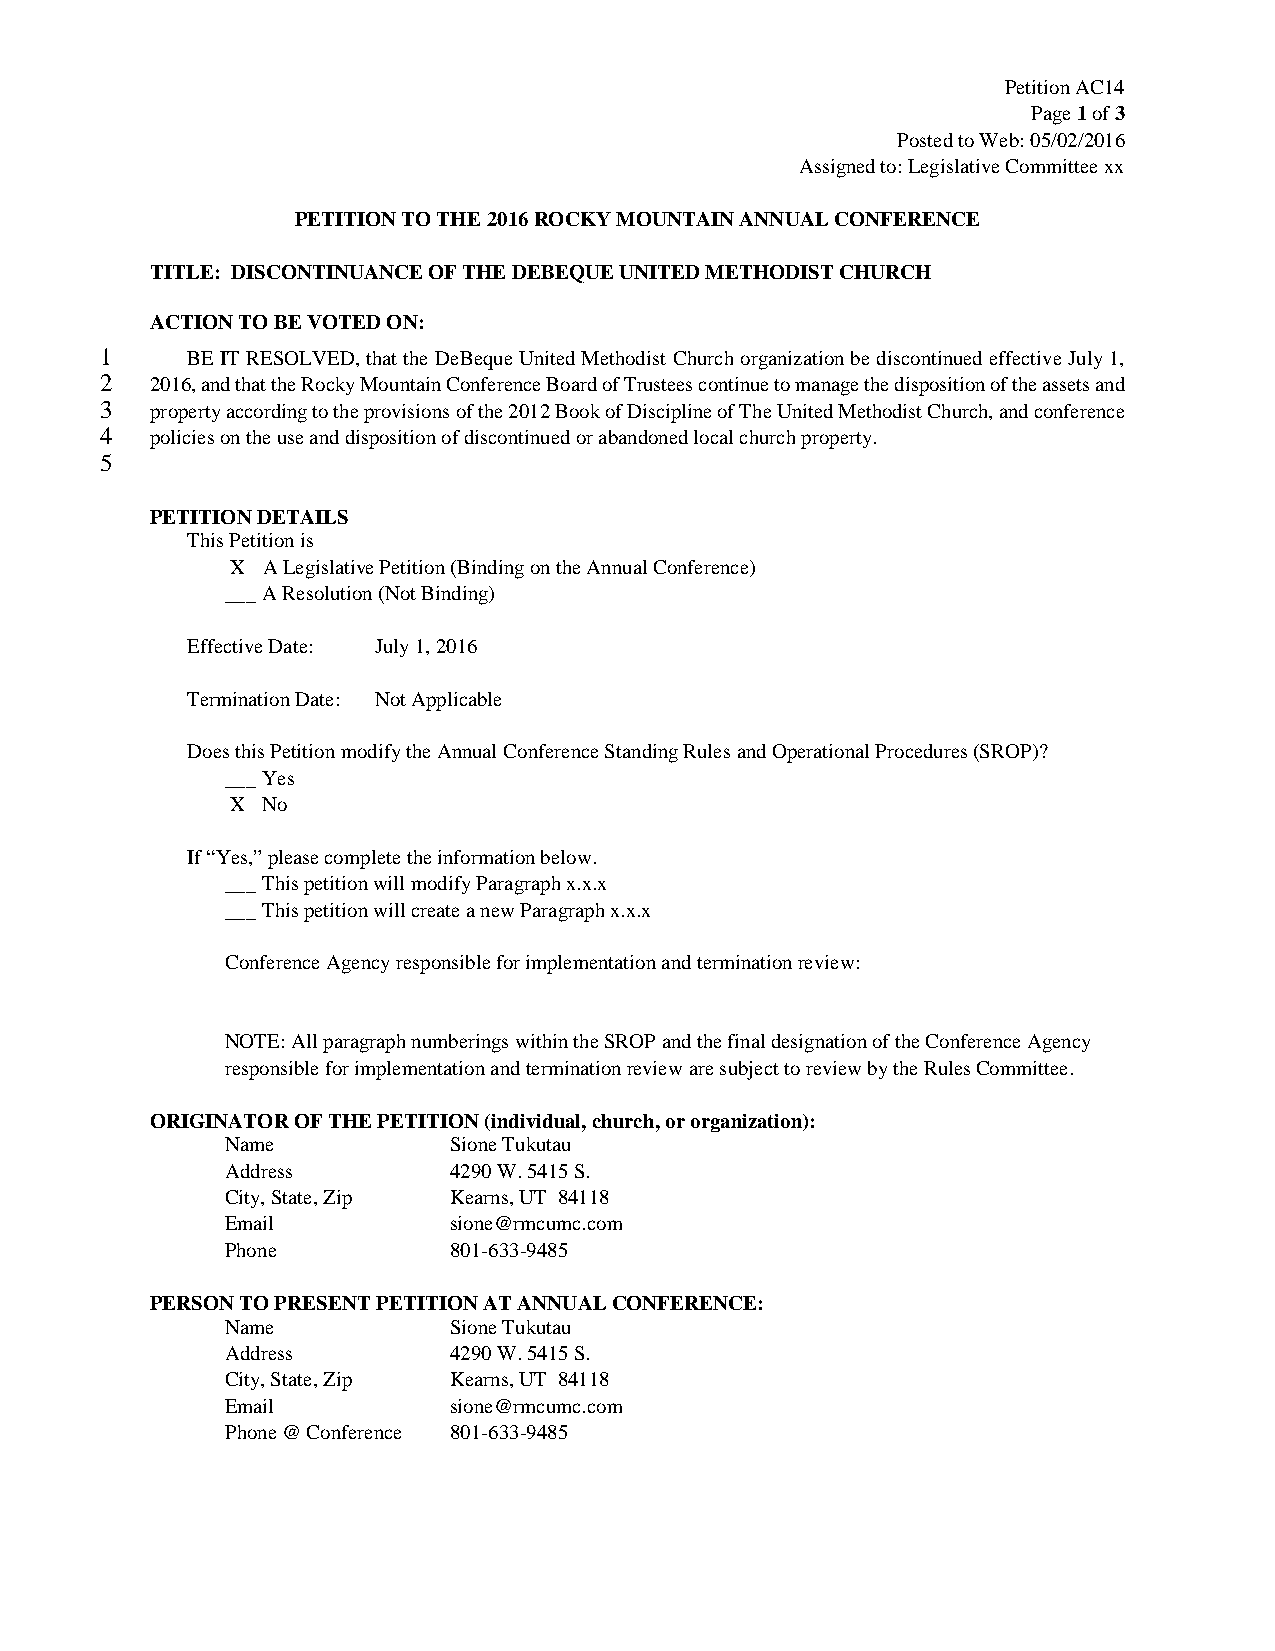
Petition AC14
 Page 1 of 3
 Posted to Web: 05/02/2016
 Assigned to: Legislative Committee xx
 PETITION TO THE 2016 ROCKY MOUNTAIN ANNUAL CONFERENCE
 TITLE: DISCONTINUANCE OF THE DEBEQUE UNITED METHODIST CHURCH
 ACTION TO BE VOTED ON:
 1    BE IT RESOLVED, that the DeBeque United Methodist Church organization be discontinued effective July 1,
 2  2016, and that the Rocky Mountain Conference Board of Trustees continue to manage the disposition of the assets and
 3  property according to the provisions of the 2012 Book of Discipline of The United Methodist Church, and conference
 4  policies on the use and disposition of discontinued or abandoned local church property.
 5
 PETITION DETAILS
 This Petition is
 X A Legislative Petition (Binding on the Annual Conference)
 ___ A Resolution (Not Binding)
 Effective Date: July 1, 2016
 Termination Date: Not Applicable
 Does this Petition modify the Annual Conference Standing Rules and Operational Procedures (SROP)?
 ___ Yes
 X No
 If “Yes,” please complete the information below.
 ___ This petition will modify Paragraph x.x.x
 ___ This petition will create a new Paragraph x.x.x
 Conference Agency responsible for implementation and termination review:
 NOTE: All paragraph numberings within the SROP and the final designation of the Conference Agency
 responsible for implementation and termination review are subject to review by the Rules Committee.
 ORIGINATOR OF THE PETITION (individual, church, or organization):
 Name           Sione Tukutau
 Address        4290 W. 5415 S.
 City, State, Zip Kearns, UT 84118
 Email          sione@rmcumc.com
 Phone          801-633-9485
 PERSON TO PRESENT PETITION AT ANNUAL CONFERENCE:
 Name           Sione Tukutau
 Address        4290 W. 5415 S.
 City, State, Zip Kearns, UT 84118
 Email          sione@rmcumc.com
 Phone @ Conference 801-633-9485